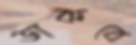
ডাকবে